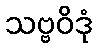
သဗ္ဗဝိဒုံ